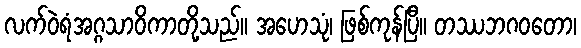
လက်ဝဲရံအဂ္ဂသာဝိကာတို့သည်။ အဟေသုံ၊ ဖြစ်ကုန်ပြီ။ တဿဘဂဝတော၊